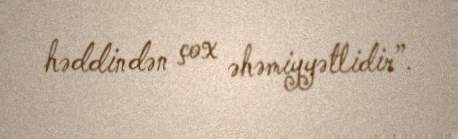
həddindən çox əhəmiyyətlidir”.